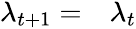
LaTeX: \begin{array}{rl}{\lambda_{t+1}=}&{{}\lambda_{t}}\end{array}